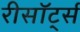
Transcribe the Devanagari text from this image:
रीसॉर्ट्स